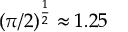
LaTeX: ( \pi / 2 ) ^ { \frac { 1 } { 2 } } \approx 1 . 2 5